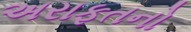
અરાફતનો